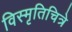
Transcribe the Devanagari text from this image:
विस्मृतिचित्रे